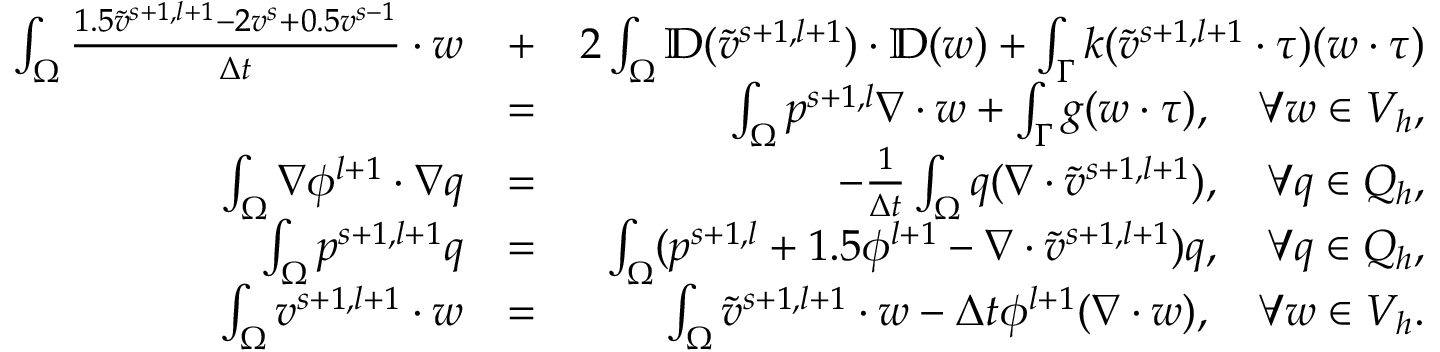
\begin{array} { r l r } { \int _ { \Omega } \frac { 1 . 5 \tilde { v } ^ { s + 1 , l + 1 } - 2 v ^ { s } + 0 . 5 v ^ { s - 1 } } { \Delta t } \cdot w } & { + } & { 2 \int _ { \Omega } \mathbb { D } ( \tilde { v } ^ { s + 1 , l + 1 } ) \cdot \mathbb { D } ( w ) + \int _ { \Gamma } k ( \tilde { v } ^ { s + 1 , l + 1 } \cdot \tau ) ( w \cdot \tau ) } \\ & { = } & { \int _ { \Omega } p ^ { s + 1 , l } \nabla \cdot w + \int _ { \Gamma } g ( w \cdot \tau ) , \quad \forall w \in V _ { h } , } \\ { \int _ { \Omega } \nabla \phi ^ { l + 1 } \cdot \nabla q } & { = } & { - \frac { 1 } { \Delta t } \int _ { \Omega } q ( \nabla \cdot \tilde { v } ^ { s + 1 , l + 1 } ) , \quad \forall q \in Q _ { h } , } \\ { \int _ { \Omega } p ^ { s + 1 , l + 1 } q } & { = } & { \int _ { \Omega } ( p ^ { s + 1 , l } + 1 . 5 \phi ^ { l + 1 } - \nabla \cdot \tilde { v } ^ { s + 1 , l + 1 } ) q , \quad \forall q \in Q _ { h } , } \\ { \int _ { \Omega } v ^ { s + 1 , l + 1 } \cdot w } & { = } & { \int _ { \Omega } \tilde { v } ^ { s + 1 , l + 1 } \cdot w - \Delta t \phi ^ { l + 1 } ( \nabla \cdot w ) , \quad \forall w \in V _ { h } . } \end{array}